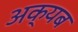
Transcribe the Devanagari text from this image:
अक्यब